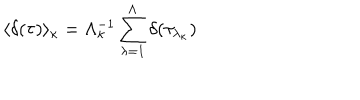
\langle \delta ( \tau ) \rangle _ { \kappa } = \Lambda _ { \kappa } ^ { - 1 } \sum _ { \lambda = 1 } ^ { \Lambda } \delta ( \tau _ { \lambda _ { \kappa } } )